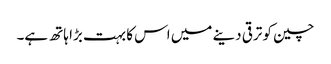
چین کو ترقی دینے میں اس کا بہت بڑا ہاتھ ہے۔